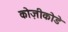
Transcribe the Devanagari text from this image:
कोज़ीकोडे